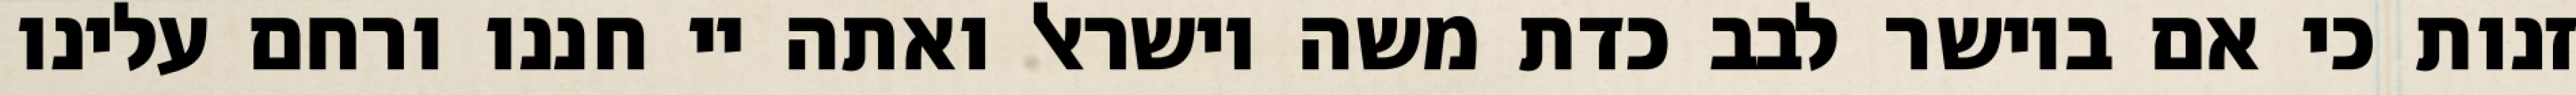
זנות כי אם ביושר לבב כדת משה וישראל ואתה יי חננו ורחם עלינו